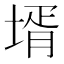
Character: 壻